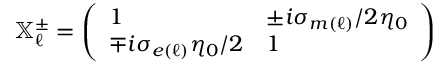
\mathbb { X } _ { \ell } ^ { \pm } = \left( \begin{array} { l l } { 1 } & { \pm i \sigma _ { m ( \ell ) } / 2 \eta _ { 0 } } \\ { \mp i \sigma _ { e ( \ell ) } \eta _ { 0 } / 2 } & { 1 } \end{array} \right)